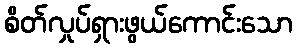
စိတ်လှုပ်ရှားဖွယ်ကောင်းသော